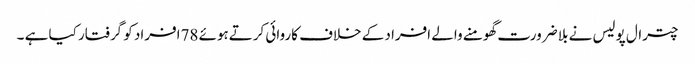
چترال پولیس نے بلا ضرورت گھومنے والے افراد کے خلاف کاروائی کرتےہوئے 78افراد کو گرفتار کیا ہے ۔